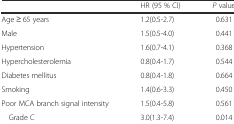
<table><thead><tr><td></td><td><b>HR (95 % CI)</b></td><td><b><i>P</i> value</b></td></tr></thead><tbody><tr><td>Age ≥ 65 years</td><td>1.2(0.5-2.7)</td><td>0.631</td></tr><tr><td>Male</td><td>1.5(0.5-4.0)</td><td>0.441</td></tr><tr><td>Hypertension</td><td>1.6(0.7-4.1)</td><td>0.368</td></tr><tr><td>Hypercholesterolemia</td><td>0.8(0.4-1.7)</td><td>0.544</td></tr><tr><td>Diabetes mellitus</td><td>0.8(0.4-1.8)</td><td>0.664</td></tr><tr><td>Smoking</td><td>1.4(0.6-3.3)</td><td>0.450</td></tr><tr><td>Poor MCA branch signal intensity</td><td>1.5(0.4-5.8)</td><td>0.561</td></tr><tr><td>Grade C</td><td>3.0(1.3-7.4)</td><td>0.014</td></tr></tbody></table>